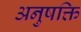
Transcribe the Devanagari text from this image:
अनुषक्ति